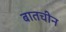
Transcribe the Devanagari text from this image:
बातचीन